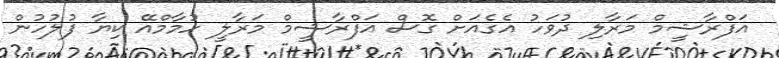
އަފްރާޝީމް މަރާލި ދުވަހު އެގެއަށް ގޮސް އަފްރާޝީމް މަރާލީ ހުމާމްއޭ ކިޔާ ފުލުހުން